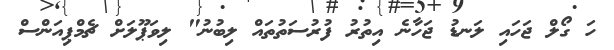
ހަ ގޯލް ޖަހައި ލަނޑު ޖަހާނެ އިތުރު ފުރުސަތުތައް ލިބުނު" ލިވަޕޫލަށް ޗެމްޕިއަންސް